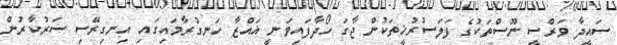
ސައީދާ ވަރްސީ ނޫސްތަކުގެ ފަލަސުރުޚީތަކުން ޖާގަ ހޯދާފައިވަނީ ޣައްޒާ ހަނގުރާމައިގައި އިނގިރޭސި ސަރުކާރުން